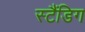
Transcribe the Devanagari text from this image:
स्टैंडिग